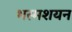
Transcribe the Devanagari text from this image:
भस्मशयन